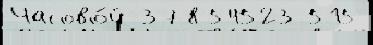
Часово́й 378 54523 515